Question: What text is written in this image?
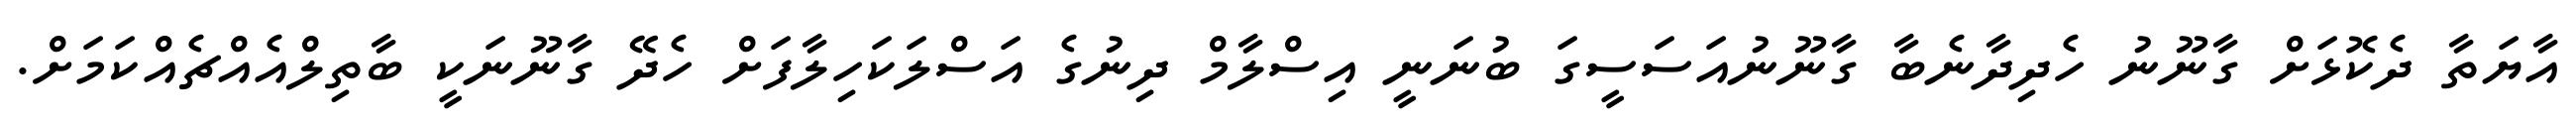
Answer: އާޔަތާ ދެކޮޅަށް ގާނޫނު ހެދިދާނެބާ ގާނޫނުއަސަސީގަ ބުނަނީ އިސްލާމް ދިނުގެ އަސްލަކަހިލާފަށް ހެދޭ ގާނޫނަކީ ބާތިލްއެއްޗެއްކަމަށް.